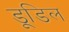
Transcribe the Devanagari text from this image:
डूडिल